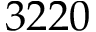
3 2 2 0